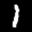
Label: 1